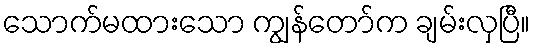
သောက်မထားသော ကျွန်တော်က ချမ်းလှပြီ။